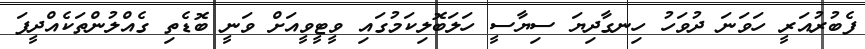
ފެބުރުއަރީ ހަވަނަ ދުވަހު ހިނގާދިޔަ ސިޔާސީ ހަލަބޮލިކަމުގައި ވީޓީވީއަށް ވަނީ ބޮޑެތި ގެއްލުންތަކެއްދީފަ